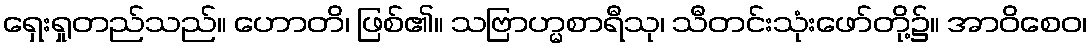
ရှေးရှုတည်သည်။ ဟောတိ၊ ဖြစ်၏။ သဗြာဟ္မစာရီသု၊ သီတင်းသုံးဖော်တို့၌။ အာဝိစေဝ၊